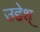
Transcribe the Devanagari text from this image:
उद्देश्